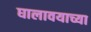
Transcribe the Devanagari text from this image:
घालावयाच्या